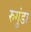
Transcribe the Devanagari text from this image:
रुगुंडा